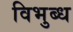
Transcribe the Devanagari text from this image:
विभुब्ध